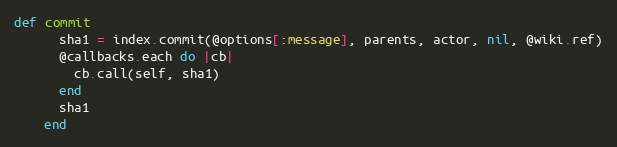
Language: Ruby
def commit
      sha1 = index.commit(@options[:message], parents, actor, nil, @wiki.ref)
      @callbacks.each do |cb|
        cb.call(self, sha1)
      end
      sha1
    end